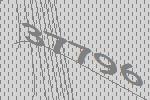
37796